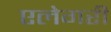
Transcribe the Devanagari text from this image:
एलेगरी